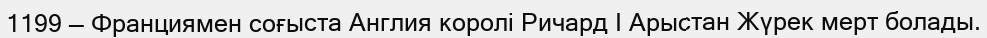
1199 — Франциямен соғыста Англия королі Ричард I Арыстан Жүрек мерт болады.